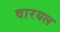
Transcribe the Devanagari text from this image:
वारयल